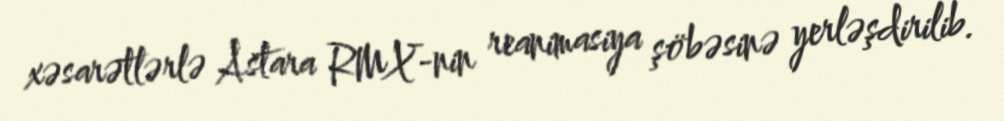
xəsarətlərlə Astara RMX-nin reanimasiya şöbəsinə yerləşdirilib.